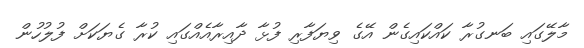
މާލޭގައި ބަނގުރާ ކައްކައިގެން އޭގެ ވިޔަފާރި ފުޅާ ދާއިރާއެއްގައި ކުރާ ގެޔަކަށް ފުލުހުން